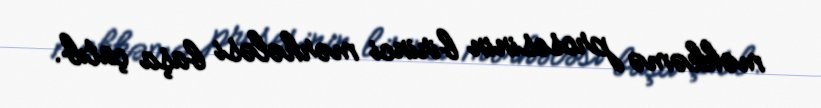
məhkəmə prosesinin birinci mərhələsi başa çatıb.